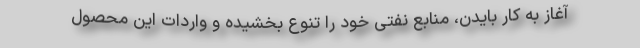
آغاز به کار بایدن، منابع نفتی خود را تنوع بخشیده و واردات این محصول